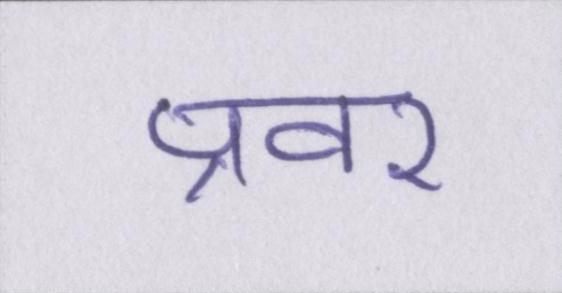
प्रवर